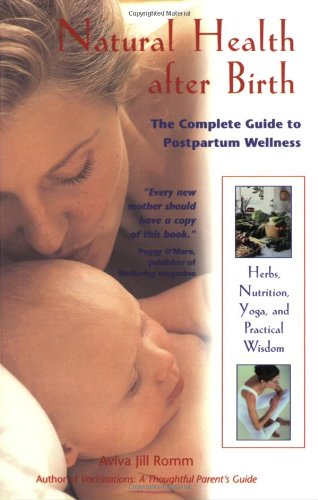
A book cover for Natural Health after Birth: The Complete Guide to Postpartum Wellness; Aviva Jill Romm; Health, Fitness & Dieting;